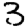
Digit: 3